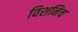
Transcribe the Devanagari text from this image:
विशनिच